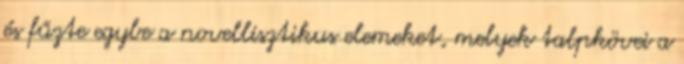
és fűzte egybe a novellisztikus elemeket, melyek talpkövei a